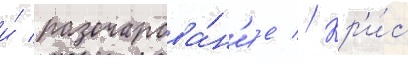
и́ разочарова́н'ие // Кр'и́с